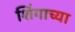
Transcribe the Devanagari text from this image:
शिंगाच्या